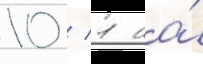
10 / 1 на́